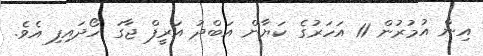
އިން އުމުރުން 11 އަހަރުގެ ކަޔާން އަބްދު އަރީފް ޖާގަ ހޯދައިފި އެވެ.